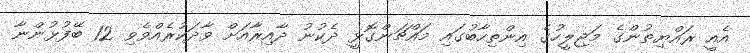
އެއީ ރައްޔިތުންގެ މަޖިލީހުގެ އިންތިހާބުގައި މައްޗަންގޮޅީ ދެކުނު ދާއިރާއަށް ވާދަކުރެއްވެވި 12 ބޭފުޅުންނާ